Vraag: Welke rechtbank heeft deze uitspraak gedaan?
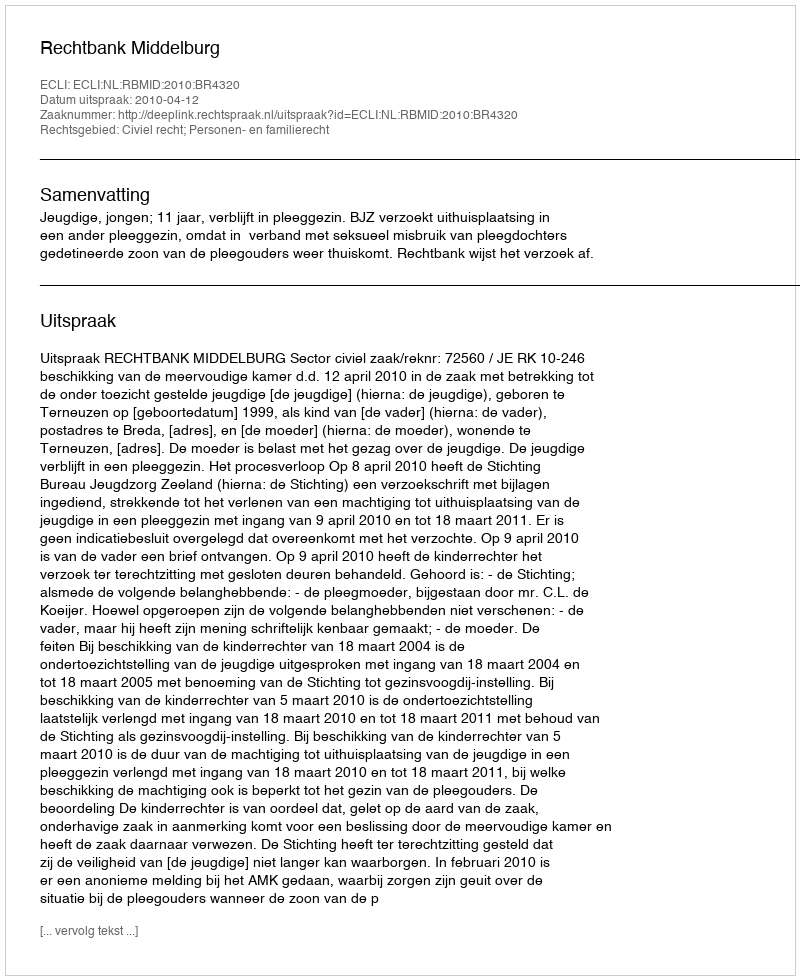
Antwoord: Rechtbank Middelburg